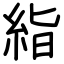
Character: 𥿻